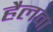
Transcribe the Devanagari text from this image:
हैलवा